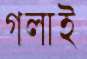
গলাই